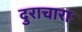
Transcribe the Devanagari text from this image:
दुराचाराः